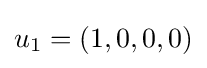
u_{1}=(1,0,0,0)